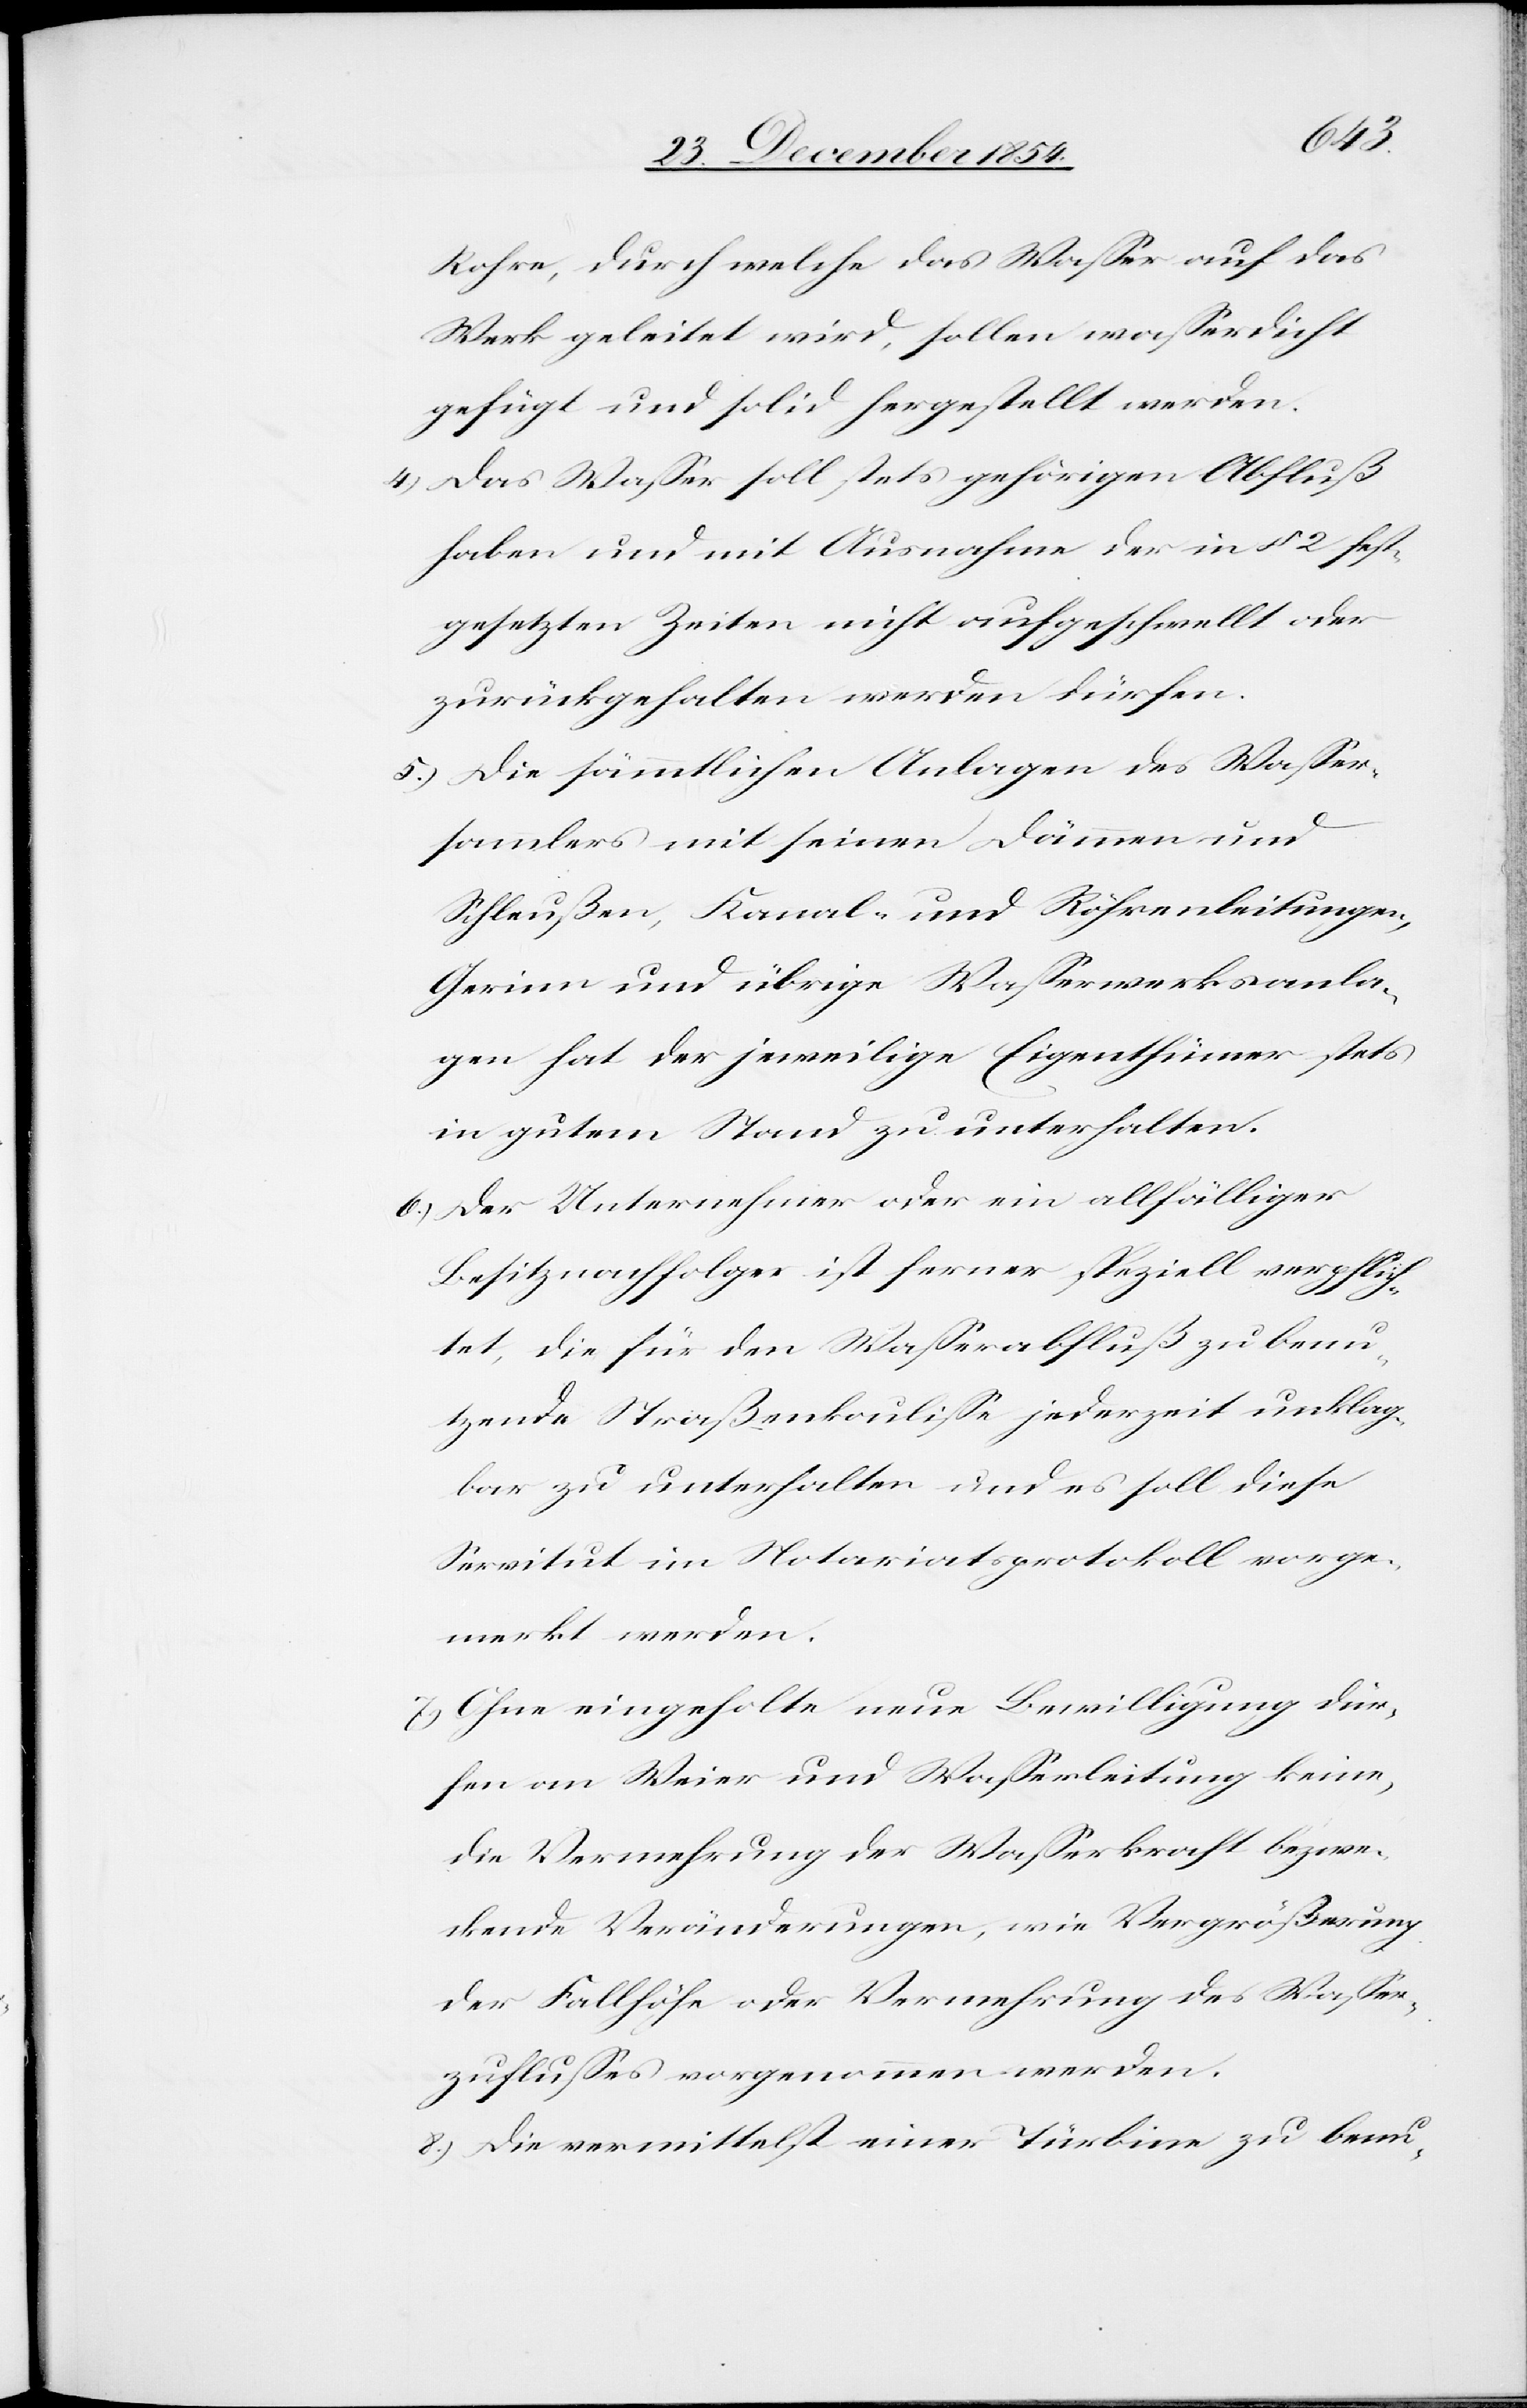
merkt
Rohre, durch welche das Waßer auf das
Werk geleitet wird, sollen waßerdicht
gefügt und solid hergestellt werden.
4.) Das Waßer soll stets gehörigen Abfluß
haben und mit Ausnahme der in § 2 fest¬
gesetzten Zeiten nicht aufgeschwellt oder
zurückgehalten werden dürfen.
5.) Die sämmtlichen Anlagen des Waßer¬
sammlers mit seinen Dämmen und
Schleußen, Kanal- und Röhrenleitungen,
Gerinn und übrige Waßerwerksanla¬
gen hat der jeweilige Eigenthümer stets
in gutem Stand zu unterhalten.
6.) Der Unternehmer oder ein allfälliger
Besitznachfolger ist ferner speziell verpflich¬
tet, die für den Waßerabfluß zu benu¬
tzende Straßenkouliße jederzeit unklag¬
bar zu unterhalten und es soll diese
Servitut im Notariatsprotokoll vorge¬
7.) Ohne eingeholte neue Bewilligung dür¬
fen an Weier und Waßerleitung keine,
die Vermehrung der Waßerkraft bezwe¬
ckende Veränderungen, wie Vergrößerung
der Fallhöhe oder Vermehrung des Waßer¬
zuflußes vorgenommen werden.
8.) Die vermittelst einer Türbine zu benu-